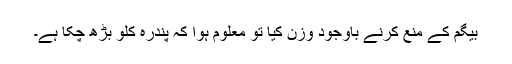
بیگم کے منع کرنے باوجود وزن کیا تو معلوم ہوا کہ پندرہ کلو بڑھ چکا ہے۔